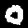
Digit: 0